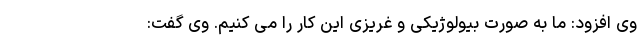
وی افزود: ما به صورت بیولوژیکی و غریزی این کار را می کنیم. وی گفت: